Leaving Certificate Examination (including Day School Certificate (Higher) General paper), 1926
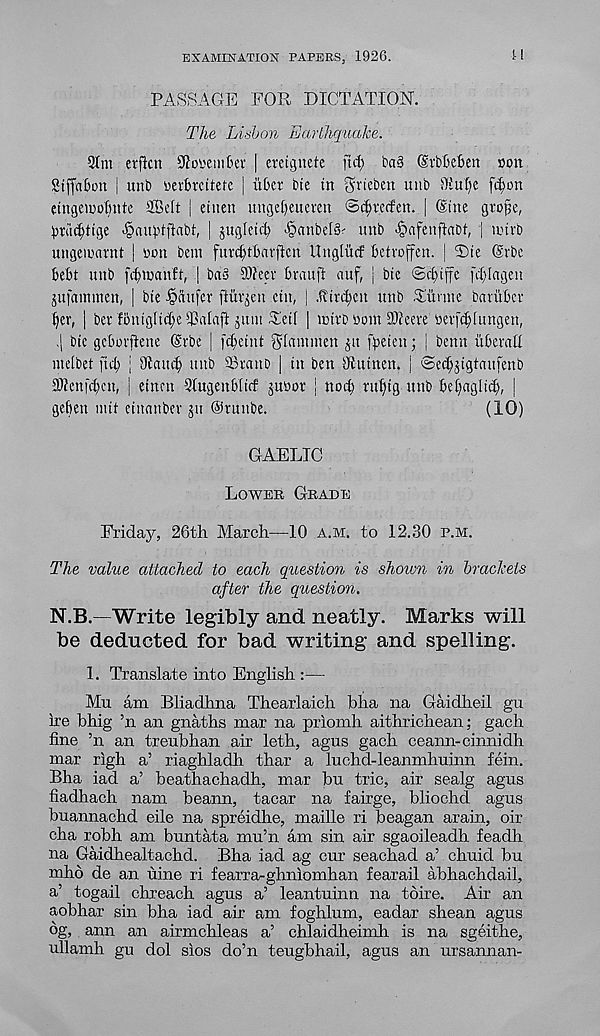
EXAMINATION PAPERS, 1926.
11
PASSAGE FOR DICTATION.
The Lisbon Earthquake.
91m erfkn S^oi'embev | ereignete fid) ba§ GrbleBert oon
Stffnbon | unt> Dcvbrcttefe j iibct bte in ^rtebcn unb 5Kut)c fd)on
eingemotnite Sffiett i etnen unge[)eiicveu ©^vecfen. | Sine grope,
imidjtige ^au^lftabt, | jugleicl) ^anbel^ unb ^afenffabt, | nurb
ungemarnt | non bem furd)tbavftcn llnglucf betvoffen. j T)ie (Srbe
bebt unb fcbmauft, | bn§ 9)?eer bran ft auf, | bte ©cfuffe [dflagen
jufammen, | bte tpaufev ftiiv^en etn, | .funbeu unb Titrate barubcr
tyx, | ber !6ttigltd;e tCalaft jum Teit | tDtrb bom 3Jfeere bevf^Iungett,
-| bte gebovtiene (Srbe | febetnt f5i6iuinett ^u fbeten; | benn itberatt
melbet fid; ; Ofnud) unb 8ranD | in ben s Jftttnen. | ©ec^jtgtaufenb
2Jfenfd;cn, | etnett 9fugenbltif jubor | nod; ruffig unb bef;aglicb, |
gebett mtt ctnanber ju Orunbe.
(10)
GAELIC
Lower Grade
Friday, 26th March—10 a.m. to 12.30 p.m.
The value attached to each question is shown in brackets
after the question.
N.B.—Write legibly and neatly. Marks will
be deducted for bad writing and spelling.
1. Translate into English :—
Mu am Bliadhna Thearlaich bha na Gaidheil gu
ire bhig ’n an gnaths mar na priomh aithrichean; gach
fine ’n an treubhan air leth, agus gach ceann-cinnidh
mar righ a’ riaghladh thar a hichd-leanmhuinn fein.
Bha iad a’ beathachadh, mar bu trie, air sealg agus
fiadhach nam beann, tacar na fairge, bliochd agus
buannachd eile na spreidhe, maille ri beagan arain, oir
cha robh am buntata mu’n am sin air sgaoileadh feadh
na Gaidhealtachd. Bha iad ag cur seachad a’ chuid bu
mho de an nine ri fearra-ghniomhan fearail abhachdail,
a’ togail chreach agus a’ leantuinn na tbire. Air an
aobhar sin bha iad air am foghlum, eadar shean agus
bg, ann an airmchleas a’ chlaidheimh is na sgeithe,
ullamh gu dol sios do’n teugbhail, agus an ursannan-